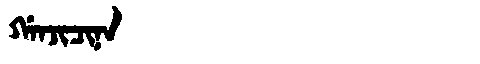
Manchu: ᡤᠠᠨᠵᡳᠴᡳᠨᠠ
Romanization: GANJICINA